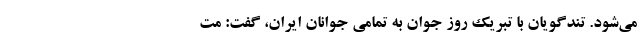
می‌شود. تندگویان با تبریک روز جوان به تمامی جوانان ایران، گفت: مت